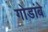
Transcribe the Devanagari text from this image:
गोडांबे